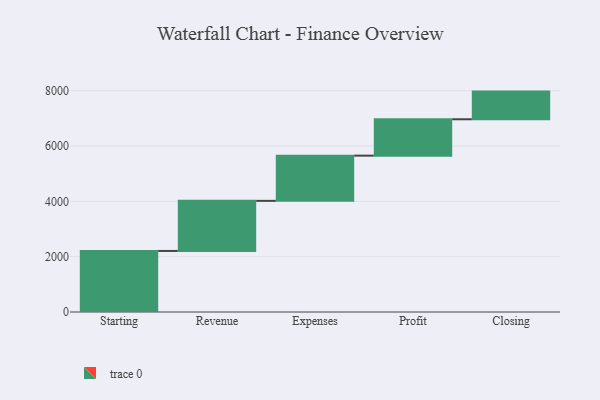
{"axis": {"x": "Step", "y": "Value"}, "legend": [""], "data": [{"x": "Starting", "y": 2207.0, "type": ""}, {"x": "Revenue", "y": 1811.0, "type": ""}, {"x": "Expenses", "y": 1634.0, "type": ""}, {"x": "Profit", "y": 1315.0, "type": ""}, {"x": "Closing", "y": 1000, "type": ""}]}